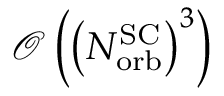
\mathcal { O } \left( \left( { N _ { \mathrm { o r b } } ^ { \mathrm { S C } } } \right) ^ { 3 } \right)